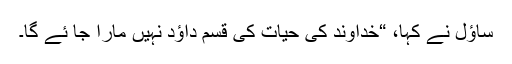
ساؤل نے کہا، “خداوند کی حیات کی قسم داؤد نہیں مارا جا ئے گا۔